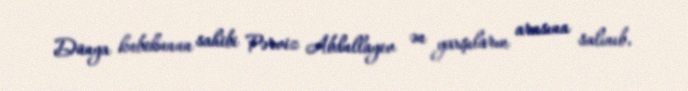
Dünya kubokunun sahibi Pərviz Abdullayev ən yaxşıların arasına salınıb.